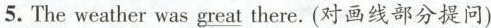
5.The weather was great there.(对画线部分提问)